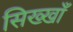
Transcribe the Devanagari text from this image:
सिख्खाँ